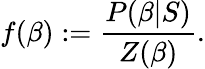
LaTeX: f(\beta)\mathrel{\mathop:}=\frac{P(\beta|S)}{Z(\beta)}.